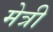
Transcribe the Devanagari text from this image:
मेत्री